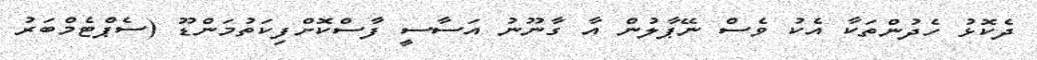
ދެކޮޅު ހެދުންތަކާ އެކު ވެސް ނޭޕާލުން އާ ގާނޫނު އަސާސީ ފާސްކޮށްފިކަތުމަންޑޫ (ސެޕްޓެމްބަރު